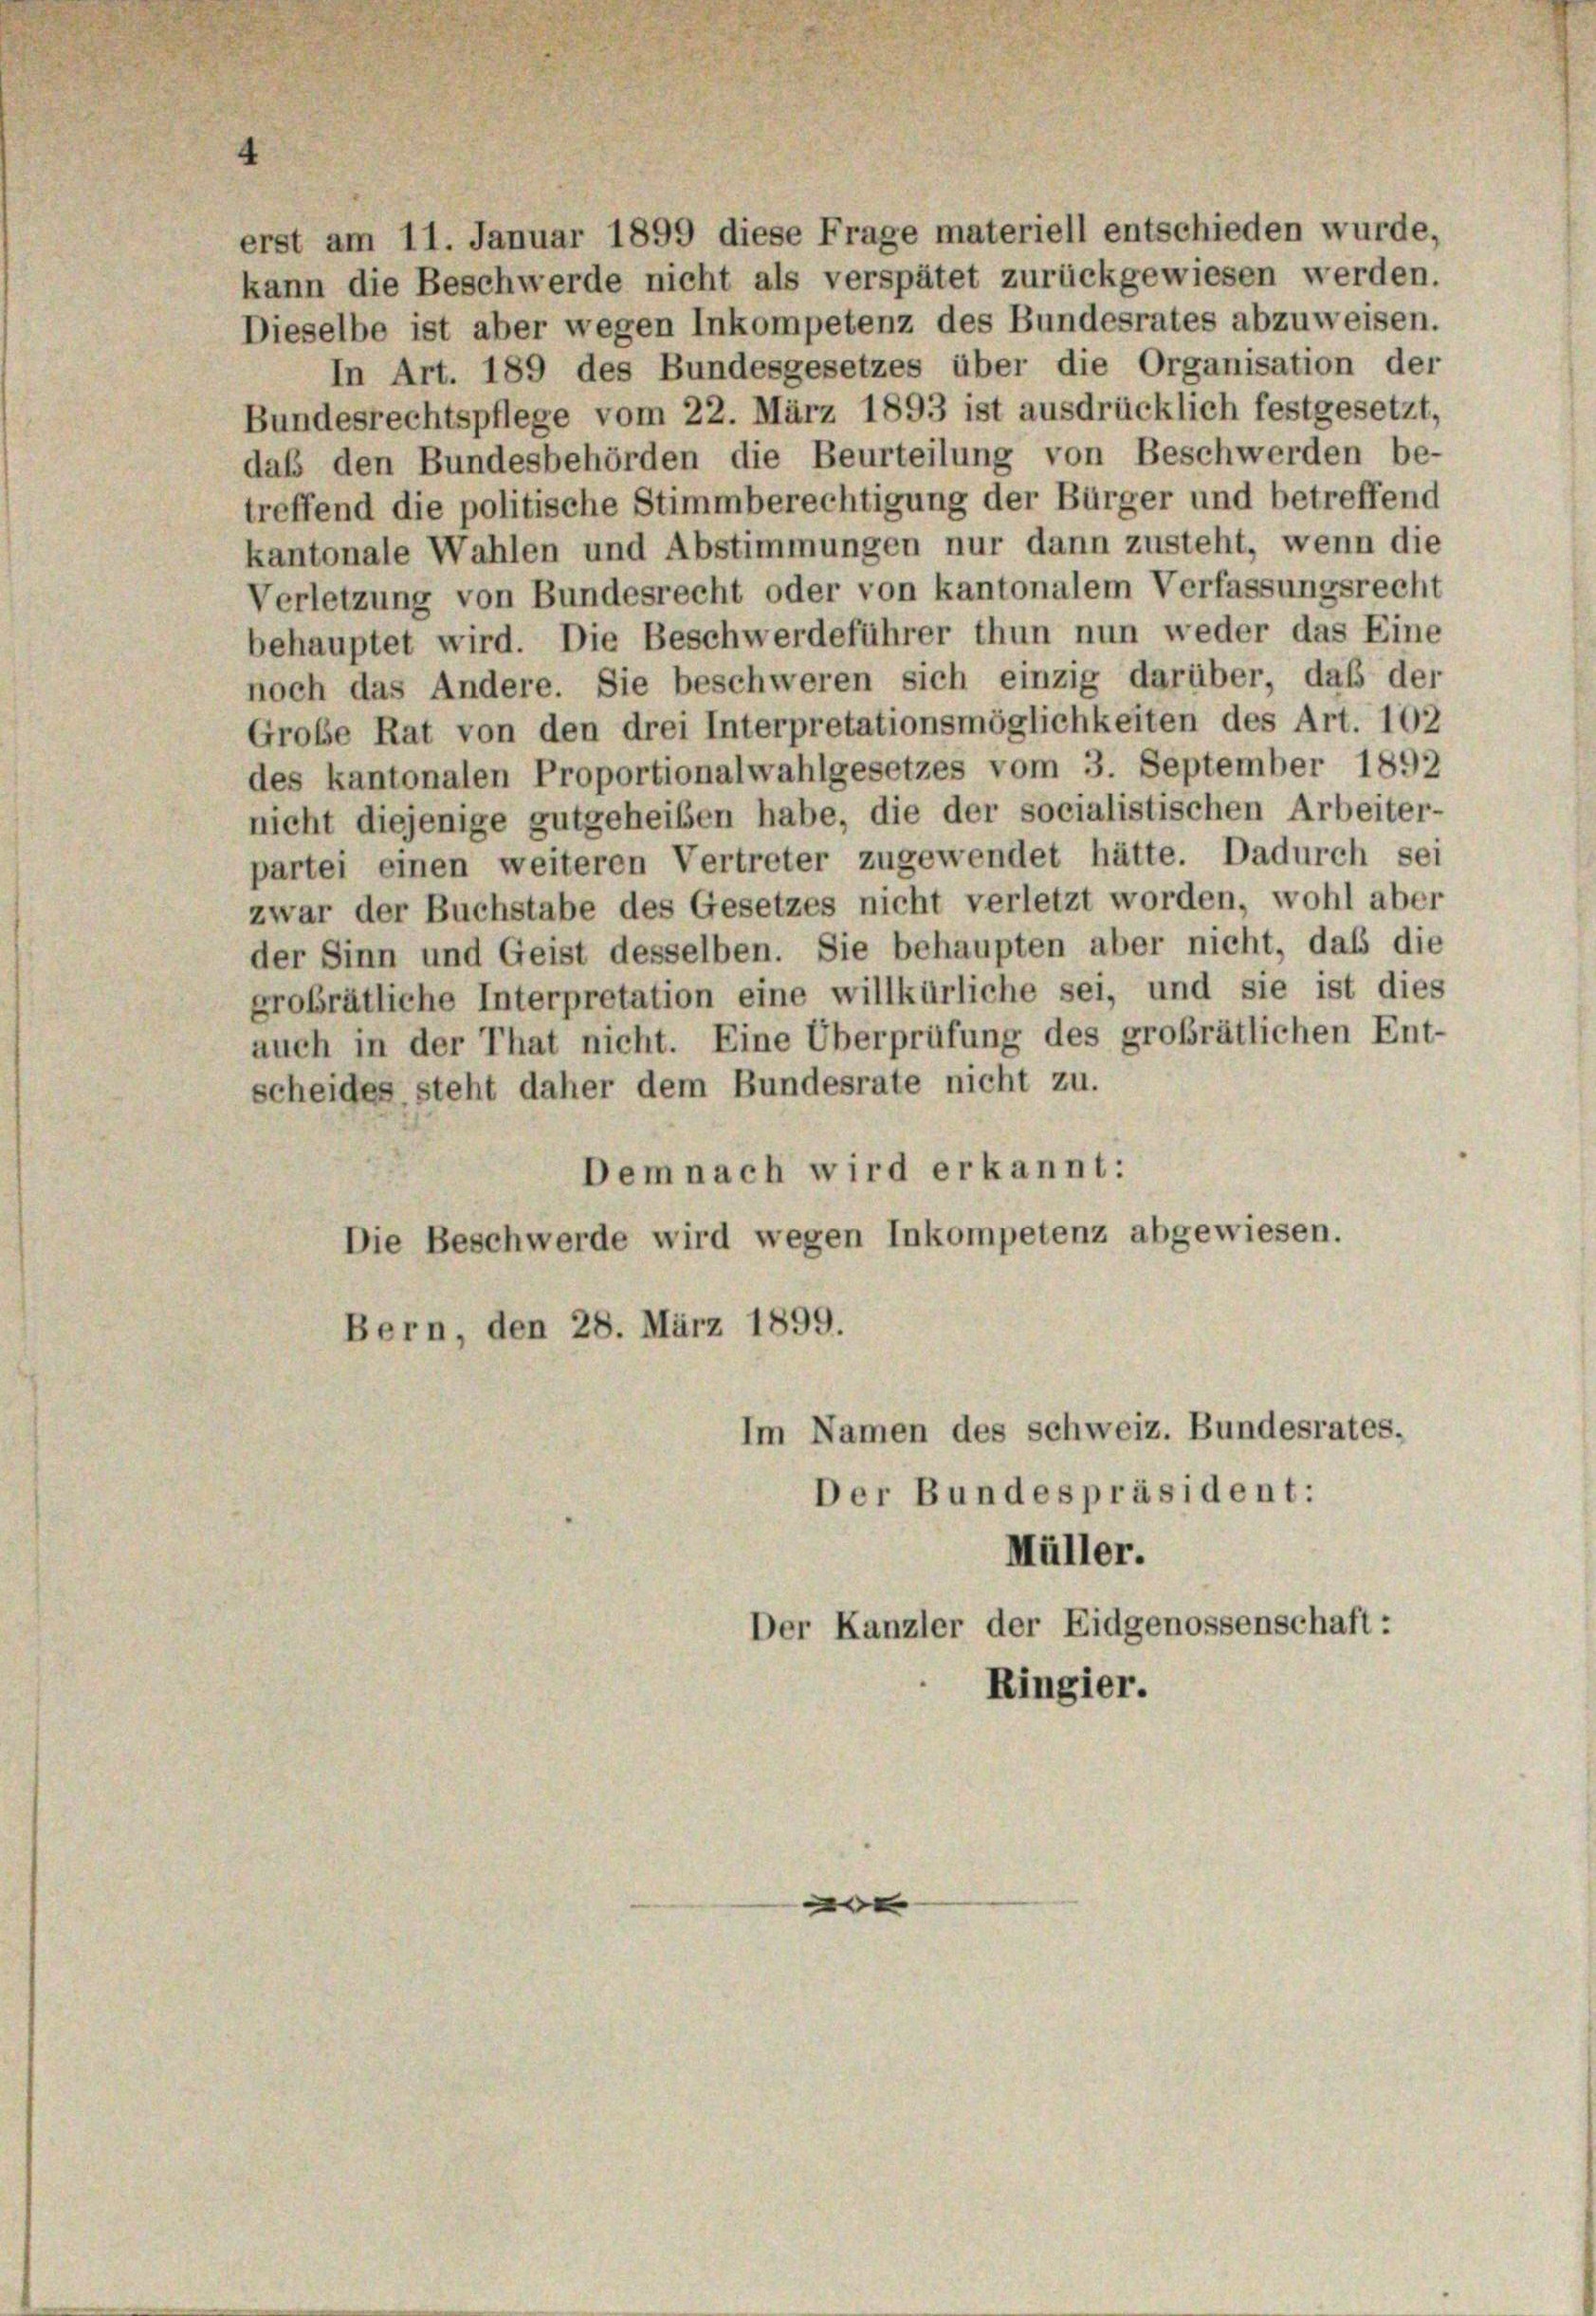
erst am 11. Januar 1899 diese Frage materiell entschieden wurde,
kann die Beschwerde nicht als verspätet zurückgewiesen werden.
Dieselbe ist aber wegen Inkompetenz des Bundesrates abzuweisen.
In Art. 189 des Bundesgesetzes über die Organisation der
Bundesrechtspflege vom 22. März 1893 ist ausdrücklich festgesetzt,
daß den Bundesbehörden die Beurteilung von Beschwerden be-
treffend die politische Stimmberechtigung der Bürger und betreffend
kantonale Wahlen und Abstimmungen nur dann zusteht, wenn die
Verletzung von Bundesrecht oder von kantonalem Verfassungsrecht
behauptet wird. Die Beschwerdeführer thun nun weder das Eine
noch das Andere. Sie beschweren sich einzig darüber, daß der
Große Rat von den drei Interpretationsmöglichkeiten des Art. 102
des kantonalen Proportionalwahlgesetzes vom 3. September 1892
nicht diejenige gutgeheißen habe, die der socialistischen Arbeiter-
partei einen weiteren Vertreter zugewendet hätte. Dadurch sei
zwar der Buchstabe des Gesetzes nicht verletzt worden, wohl aber
der Sinn und Geist desselben. Sie behaupten aber nicht, daß die
grobrätliche Interpretation eine willkürliche sei, und sie ist dies
auch in der That nicht. Eine Überprüfung des großrätlichen Ent-
scheides steht daher dem Bundesrate nicht zu.
Dem nach wird erkannt:
Die Beschwerde wird wegen Inkompetenz abgewiesen.
Bern, den 28. März 1899.
Im Namen des Schweiz. Bundesrates.
Der Bundespräsident:
Müller.
Der Kanzler der Eidgenossenschaft:

Ringier.

e